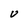
Character: U